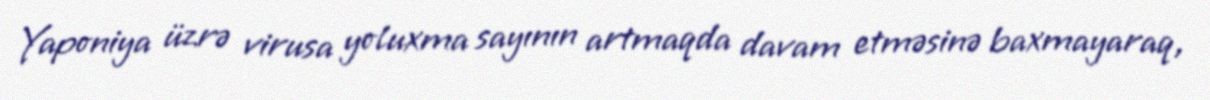
Yaponiya üzrə virusa yoluxma sayının artmaqda davam etməsinə baxmayaraq,